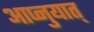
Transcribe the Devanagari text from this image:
आप्नुयात्